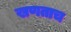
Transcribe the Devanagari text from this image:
खणताच